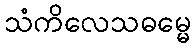
သံကိလေသဓမ္မေ